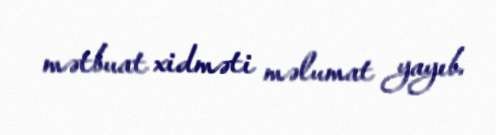
mətbuat xidməti məlumat yayıb.